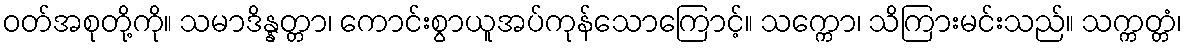
ဝတ်အစုတို့ကို။ သမာဒိန္နတ္တာ၊ ကောင်းစွာယူအပ်ကုန်သောကြောင့်။ သက္ကော၊ သိကြားမင်းသည်။ သက္ကတ္တံ၊